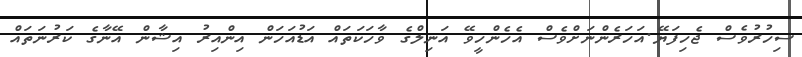
ސިހުރުވެސް ޖެހިފަޔޭ.އަހަރެންނަށްވެސް އެހެންހީވޭ އަނިލްގެ ވާހަކަތައް އަޑުއަހަން އިންއިރު އިޝާން އޭނާގެ ކަރުނަތައް